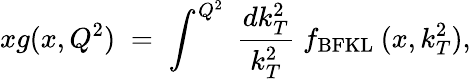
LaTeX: xg(x,Q^{2})\; =\; \int^{Q^{2}}\; \frac{dk_{T}^{2}}{k_{T}^{2}}\; f_{\mathrm{BFKL}}\: (x,k_{T}^{2}),